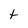
Character: t